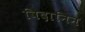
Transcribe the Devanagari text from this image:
विदानिन